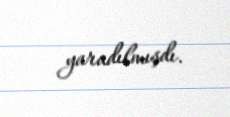
yaradılmışdı.